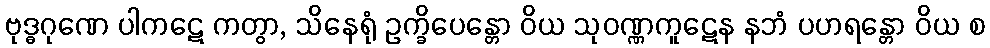
ဗုဒ္ဓဂုဏေ ပါကဋေ ကတွာ, သိနေရုံ ဥက္ခိပေန္တော ဝိယ သုဝဏ္ဏကူဋေန နဘံ ပဟရန္တော ဝိယ စ